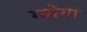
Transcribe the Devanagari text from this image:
ग्योंगी